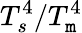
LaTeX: T_{s}^{4}/T_{\mathtt{m}}^{4}